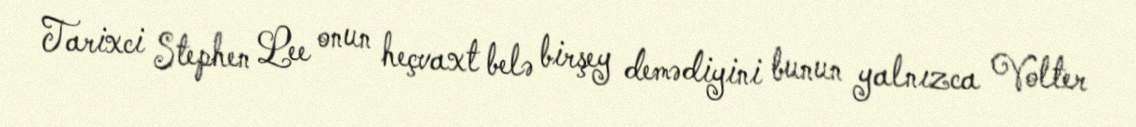
Tarixci Stephen Lee onun heçvaxt belə birşey demədiyini bunun yalnızca Volter